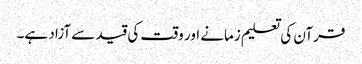
قرآن کی تعلیم زمانے اور وقت کی قید سے آزاد ہے۔